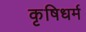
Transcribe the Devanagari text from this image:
कृषिधर्म